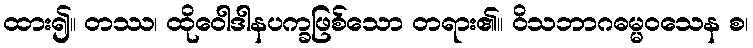
ထား၍။ တဿ၊ ထိုဝေါဒါနပက္ခဖြစ်သော တရား၏။ ဝိသဘာဂဓမ္မဝသေန စ၊